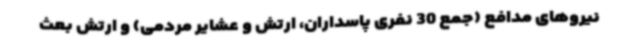
نیروهای مدافع (جمع 30 نفری پاسداران، ارتش و عشایر مردمی) و ارتش بعث